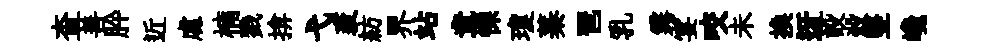
查善肸近䖏楠戮揜弋袤紡界站章慄瓊蓁琶乳霧宴咬未换迓設殺竪巉